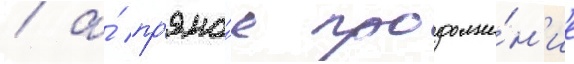
/ а́ пр'ямо́е продолже́н'ие